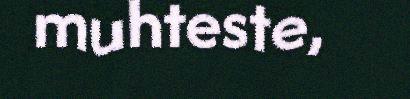
muhteste,